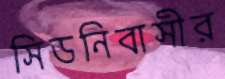
সিডনিবাসীর